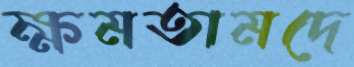
ক্ষমতামদে